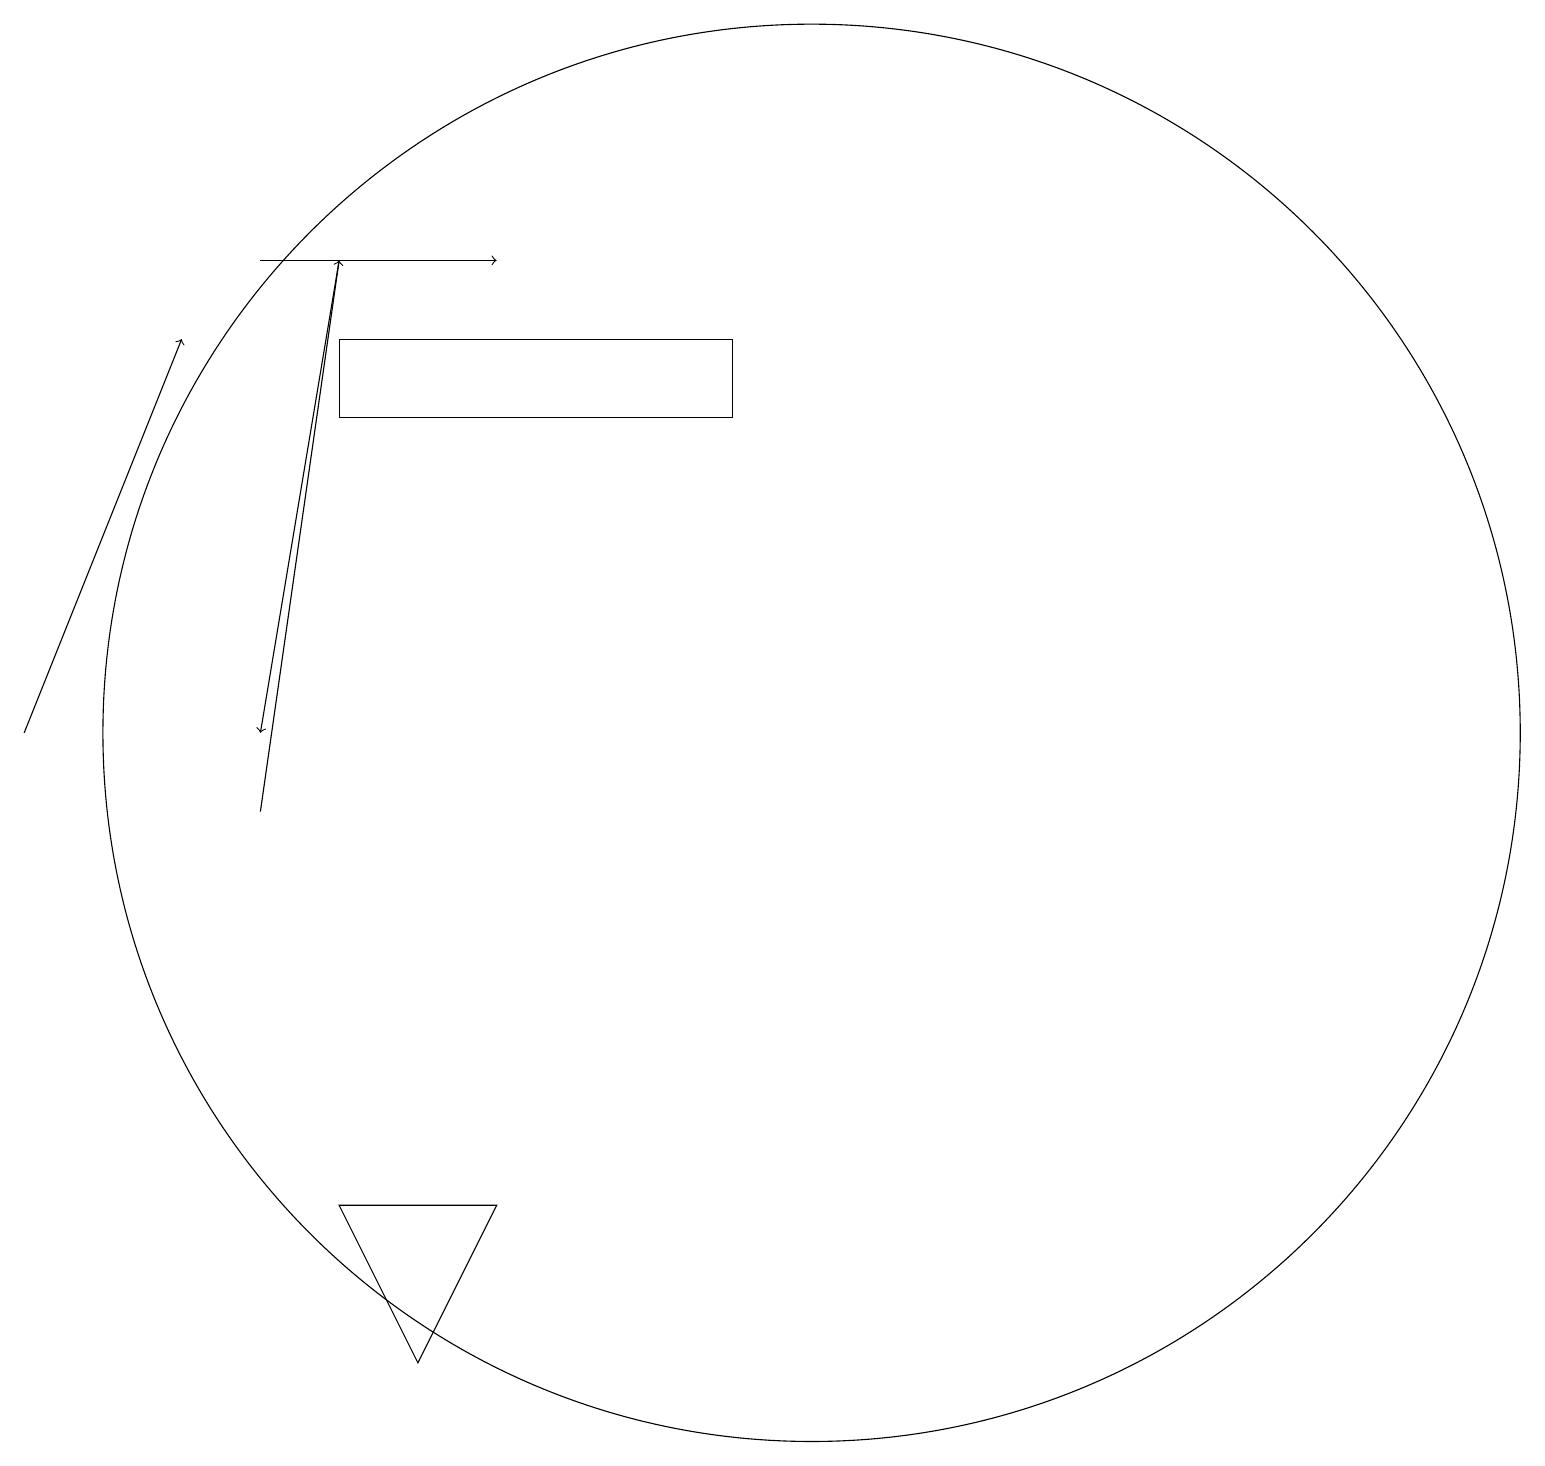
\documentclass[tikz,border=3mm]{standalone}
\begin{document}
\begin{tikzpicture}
\draw[->] (4,17) -- (3,11);
\draw (4,16) rectangle (9,15);
\draw[->] (3,17) -- (6,17);
\draw (10,11) circle (9);
\draw[->] (3,10) -- (4,17);
\draw (4,5) -- (6,5) -- (5,3) -- cycle;
\draw[->] (0,11) -- (2,16);
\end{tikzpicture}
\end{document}